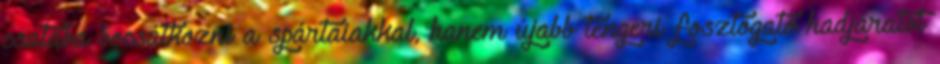
csatába bocsátkozni a spártaiakkal, hanem újabb tengeri fosztogató hadjáratot